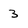
Character: 3